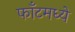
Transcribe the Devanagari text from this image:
फाँटमध्ये